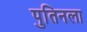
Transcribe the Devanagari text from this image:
पुतिनला